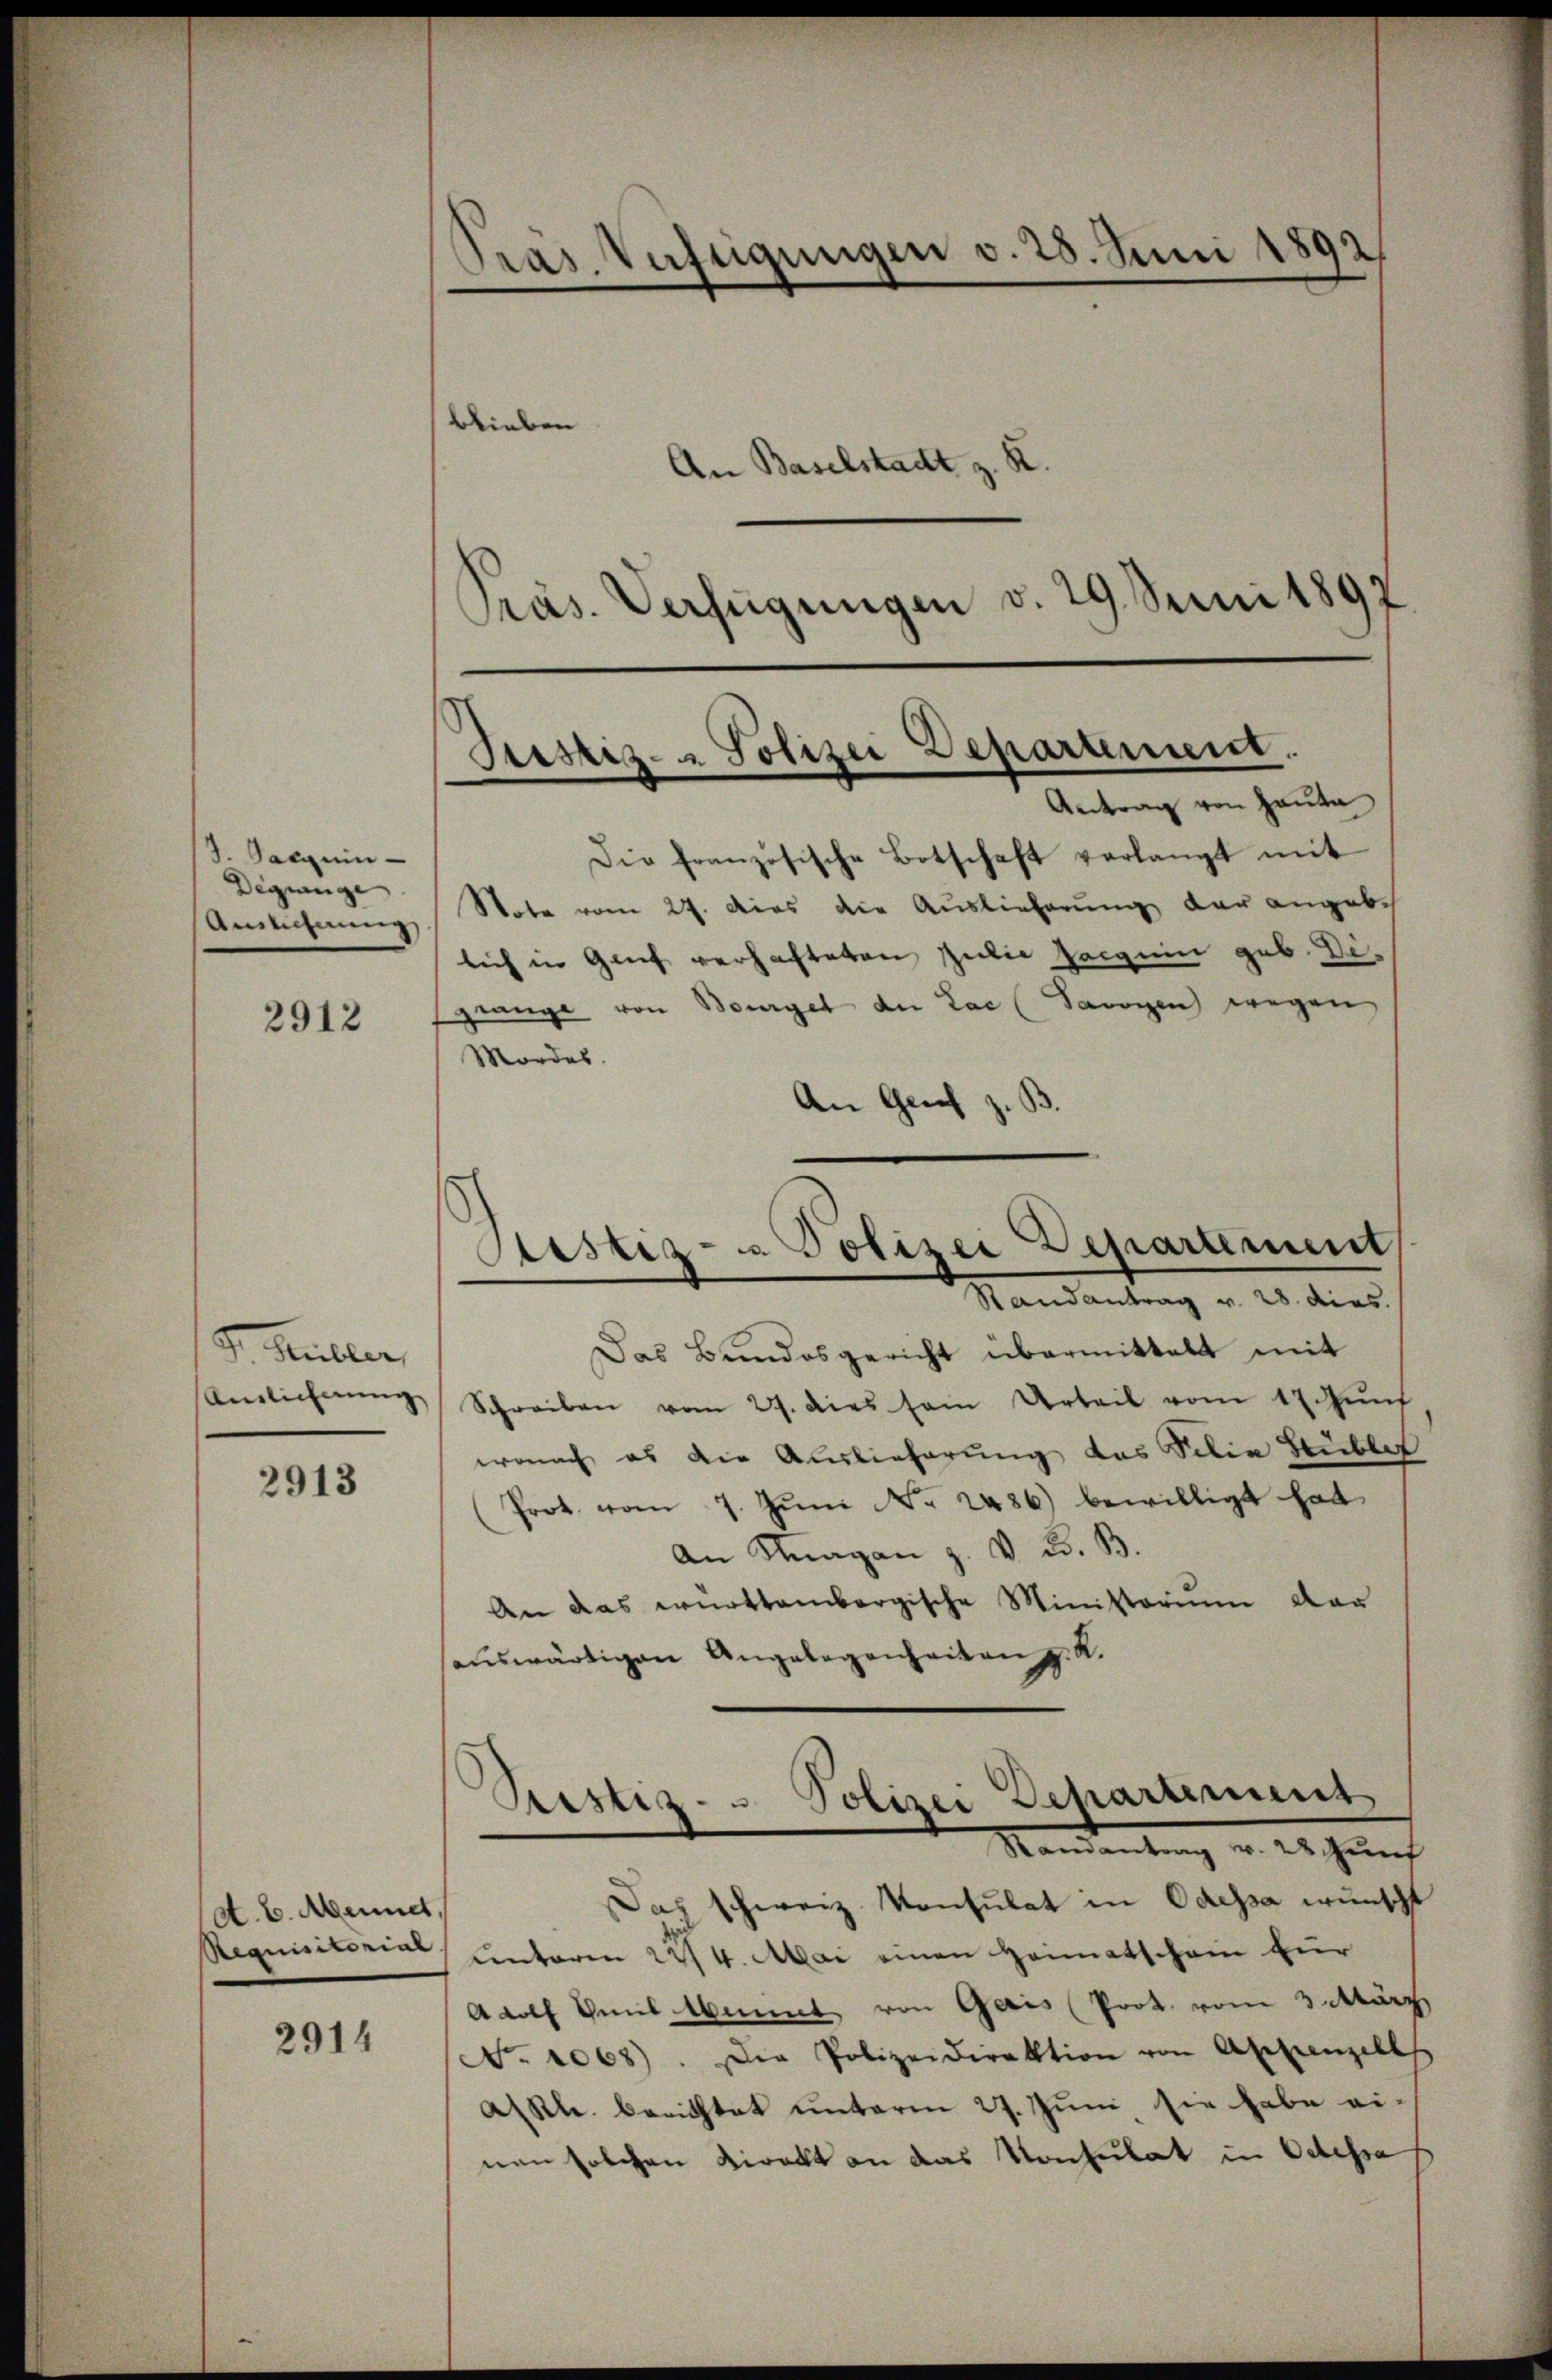
J. Jacquin
Degunge
Auslicherung

2912

J. Müller,
Anzlichnung

2913

A. E. Mennet
Requisitorial

2914

Pras. Vuftigungen v. 28. Juni 1892
blieben an Baselstadt z. R.

Präs. Verfügungen v. 29. Senn 1897
Justiz- & Polizei Departement.

Sistiz- & Polizei Departement

Antrag von Hauta
Die französische Botschaft verlangt mit
Nobe vom 27. dies die Auslieferung der angebe
lich in Genf verhafteten Zwie Zeigein geb. Digrange von Bourgel der Lac (Sawogen wegen
Mordes.
An Gries z.
Randantrag v. 28. dies.
Das Bundesgericht übermittelt mit
Schreiben vom 27. dies sein Urteil vom 17 Mŭnf
wonach es die Auslieferung das Silie Stublet
(Prot. vom 7. Jŭni Nr. 2486) bewilligt hat
An Magan z. v. 2. B.
An das württembergische Ministorium dar
auswärtigen Angelegenheiten z. K.
Mandantung u. es gerich
Doch schweiz. Konsulat in Odessa wünscht
unterm 22/4. Mai einen Heimatschein für
ARoth mit Winnt von Geris (Prot. vom 3. März
No. 1068). Die Polizeidirektion von Appenzells
ARl. berichtet unterm 27. Juni, sie habe ei-
nen solchen Direkt an das Konsulat in Odessa

Vestiz- u Polizei Departement